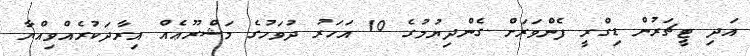
އަދި ޓީޗަރުން ޑިގްރީ ފެންވަރަށް ގެންދިޔުމުގެ 10 އަހަރު ދުވަހުގެ މަޝްރޫޢެއް އިރާދަކުރެއްވިއްޔާ